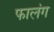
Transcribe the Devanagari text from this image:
फालंग